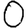
Digit: 0